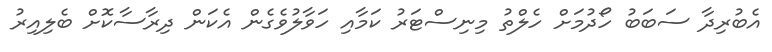
އެބުރިދާ ސަބަބު ހޯދުމަށް ހެލްތު މިނިސްޓަރު ކަމާއި ހަވާލުވެގެން އެކަން ދިރާސާކޮށް ބެލިއިރު